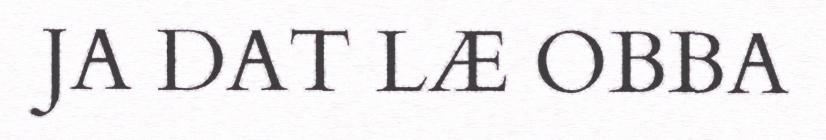
JA DAT LÆ OBBA